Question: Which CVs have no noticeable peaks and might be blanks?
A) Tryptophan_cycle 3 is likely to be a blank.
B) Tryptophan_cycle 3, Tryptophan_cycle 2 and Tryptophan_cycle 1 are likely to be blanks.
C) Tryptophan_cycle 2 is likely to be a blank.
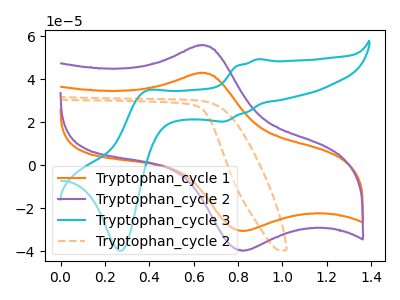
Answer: <think>The orange curve "Tryptophan_cycle 1" has an anodic peak at (0.65V, 42.95uA) and a cathodic peak at (0.80V, -30.65uA). The purple curve "Tryptophan_cycle 2" has an anodic peak at (0.65V, 55.80uA) and a cathodic peak at (0.80V, -39.80uA). The cyan curve "Tryptophan_cycle 3" has anodic peaks at (0.90V, 49.35uA) (0.40V, 34.25uA) and cathodic peaks at (0.75V, 20.35uA) (0.25V, -39.80uA). The orange dashed curve "Tryptophan_cycle 2" has no peaks.</think>
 <answer>C) "Tryptophan_cycle 2" is likely to be a blank.</answer>
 <eval>C</eval>